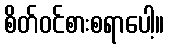
စိတ်ဝင်စားစရာပေါ့။